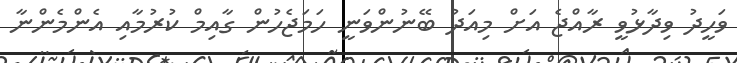
ވަހީދު ވިދާޅުވީ ރާއްޖެ އަށް މިއަދު ބޭނުންވަނީ ހަމަޖެހުން ގާއިމް ކުރުމާއި އެންމެންނާ